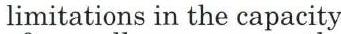
limitations in the capacity